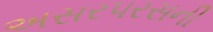
અસરપરસની